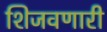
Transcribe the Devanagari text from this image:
शिजवणारी